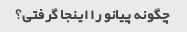
چگونه پیانو را اینجا گرفتی؟